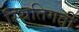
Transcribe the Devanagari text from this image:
स्थितिगती